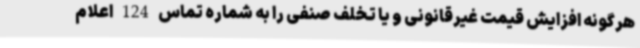
هرگونه افزایش قیمت غیرقانونی و یا تخلف صنفی را به شماره تماس 124 اعلام